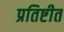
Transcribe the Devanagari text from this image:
प्रतिष्टीत